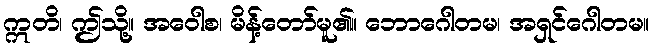
ဣတိ၊ ဤသို့။ အဝေါစ၊ မိန့်တော်မူ၏။ ဘောဂေါတမ၊ အရှင်ဂေါတမ။